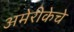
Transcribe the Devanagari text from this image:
अमेरीकेचे